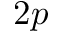
2 p